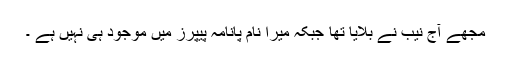
مجھے آج نیب نے بلایا تھا جبکہ میرا نام پانامہ پیپرز میں موجود ہی نہیں ہے ۔